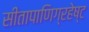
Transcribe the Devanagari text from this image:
सीतापाणिग्रहेष्ट